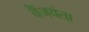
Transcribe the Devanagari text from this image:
वैंजयंता